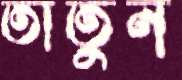
তাতুন